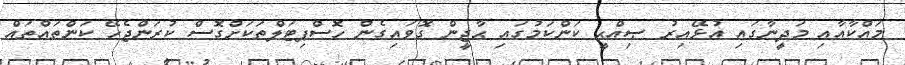
މައްކާއާއި މަދީނާގައި އުޅޭއިރު ޞިއްޙީ ކަންކަމުގައި ޙާޖީން ގޮވައިގެން ހޮސްޕިޓަލްތަކަށްގޮސް ކުރަންޖެހޭ ކަންތައްތައް